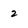
Character: 2